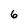
Character: 6